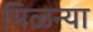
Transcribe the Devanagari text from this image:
मिळन्या